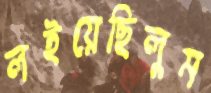
লইয়েছিলুম